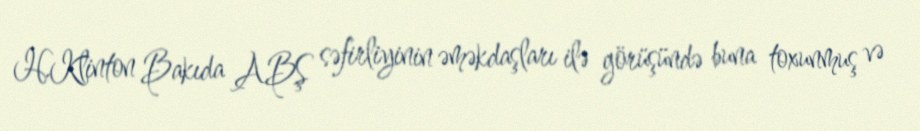
H.Klinton Bakıda ABŞ səfirliyinin əməkdaşları ilə görüşündə buna toxunmuş və